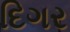
દિગર